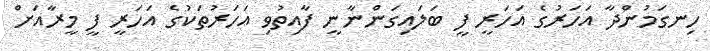
ހިނގަމުންދާ އަހަރުގެ އަހަރީ ފީ ބަލައިގަންނާނީ ފާއިތުވި އަހަރުތަކުގެ އަހަރީ ފީ މީރާއަށް